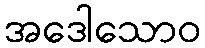
အဒေါသောဝ